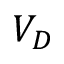
V _ { D }